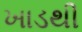
ખાડથી